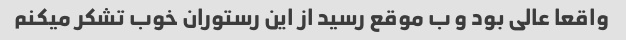
واقعا عالی بود و ب موقع رسید از این رستوران خوب تشکر میکنم